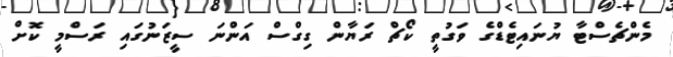
މެންޗެސްޓާ ޔުނައިޓެޑްގެ ވަގުތީ ކޯޗް ރަޔާން ގިގްސް އަންނަ ސީޒަނުގައި ރަސްމީ ކޮށް